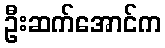
ဦးဆက်အောင်က